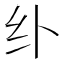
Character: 𱺏